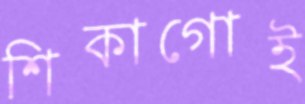
শিকাগোই